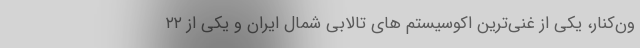
ون‌کنار، یکی از غنی‌ترین اکوسیستم های تالابی شمال ایران و یکی از ۲۲